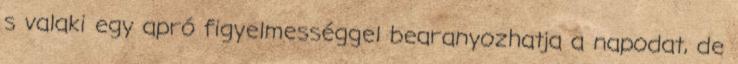
s valaki egy apró figyelmességgel bearanyozhatja a napodat, de